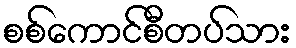
စစ်ကောင်စီတပ်သား